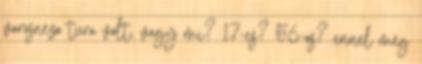
varosnezo tura volt, vagy mi? 17-es? 56-os? ennel meg